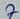
Text: 7